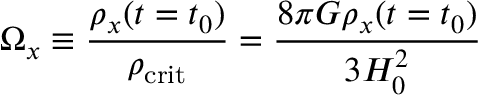
\Omega _ { x } \equiv { \frac { \rho _ { x } ( t = t _ { 0 } ) } { \rho _ { \mathrm { c r i t } } } } = { \frac { 8 \pi G \rho _ { x } ( t = t _ { 0 } ) } { 3 H _ { 0 } ^ { 2 } } }